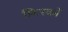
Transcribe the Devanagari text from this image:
फ़िरकों